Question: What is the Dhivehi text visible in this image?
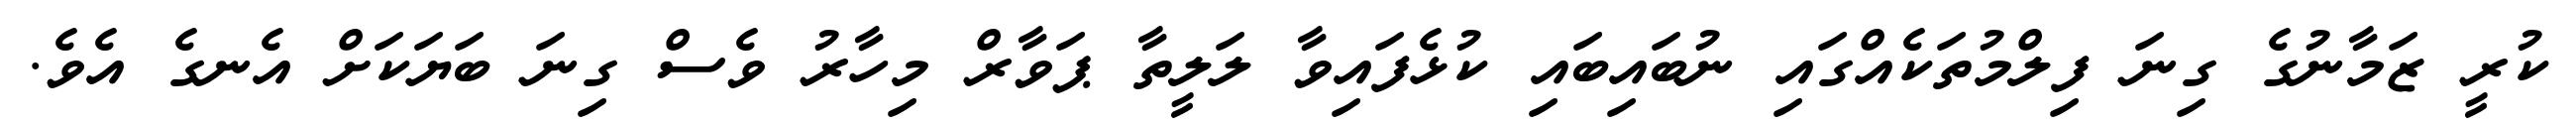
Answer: ކުރީ ޒަމާނުގެ ގިނަ ފިލްމުތަކެއްގައި ނުބައިބައި ކުޅެފައިވާ ލަލީތާ ޕަވާރް މިހާރު ވެސް ގިނަ ބަޔަކަށް އެނގެ އެވެ.